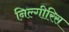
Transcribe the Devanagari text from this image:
निल्गीरिस